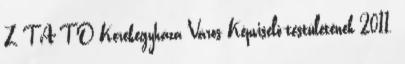
Z T A T Ó Kerekegyháza Város Képviselő-testületének 2011.